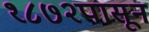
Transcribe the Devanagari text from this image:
१८७२पासून